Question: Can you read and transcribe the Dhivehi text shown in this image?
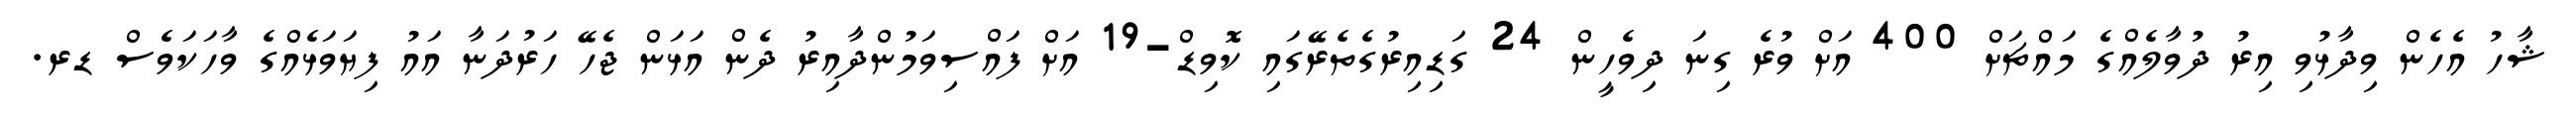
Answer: ޝާހު އެހެން ވިދާޅުވި އިރު ދުވާލެއްގެ މައްޗަށް 400 އަށް ވުރެ ގިނަ ދިވެހީން 24 ގަޑިއިރުގެތެރޭގައި ކޮވިޑް-19 އަށް ފައްސިވަމުންދާއިރު ދެން އަޅަން ޖެހޭ ހަރުދަނާ އައު ފިޔަވަޅެއްގެ ވާހަކަވެސް ޑރ.